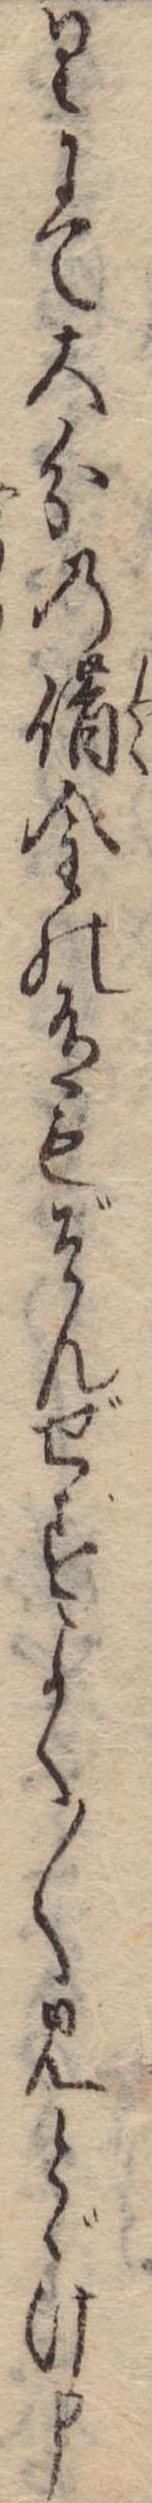
りにて大分の借金の有もぞんぜすよく〱見とゞけ申